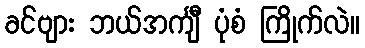
ခင်ဗျား ဘယ်အင်္ကျီ ပုံစံ ကြိုက်လဲ။